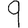
Digit: 9